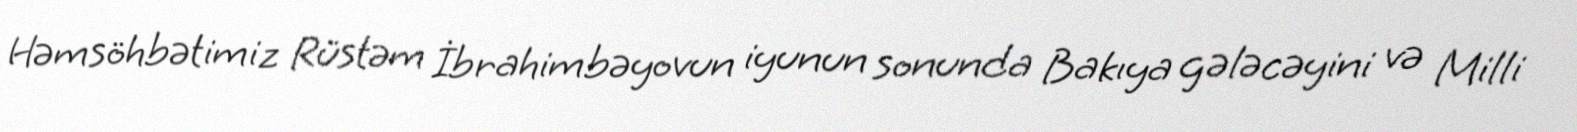
Həmsöhbətimiz Rüstəm İbrahimbəyovun iyunun sonunda Bakıya gələcəyini və Milli